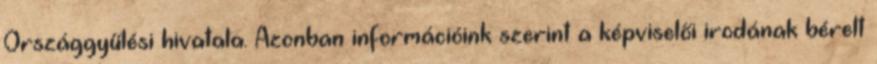
Országgyűlési hivatala. Azonban információink szerint a képviselői irodának bérelt